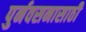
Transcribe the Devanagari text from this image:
पुर्नवसनासाठी